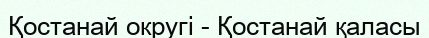
Қостанай округі - Қостанай қаласы